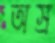
অস্র